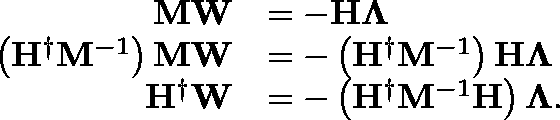
\begin{array} { r l } { \mathbf { M } \mathbf { W } } & { = - \mathbf { H } \mathbf { \Lambda } } \\ { \left( \mathbf { H } ^ { \dagger } \mathbf { M } ^ { - 1 } \right) \mathbf { M } \mathbf { W } } & { = - \left( \mathbf { H } ^ { \dagger } \mathbf { M } ^ { - 1 } \right) \mathbf { H } \mathbf { \Lambda } } \\ { \mathbf { H } ^ { \dagger } \mathbf { W } } & { = - \left( \mathbf { H } ^ { \dagger } \mathbf { M } ^ { - 1 } \mathbf { H } \right) \mathbf { \Lambda } . } \end{array}